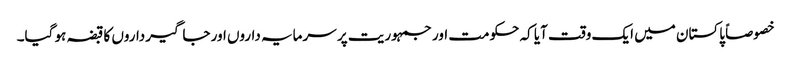
خصوصاً پاکستان میں ایک وقت آیا کہ حکومت اور جمہوریت پر سرمایہ داروں اور جاگیرداروں کا قبضہ ہو گیا۔